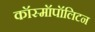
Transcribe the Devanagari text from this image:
कॉस्मॉपॉलिटन